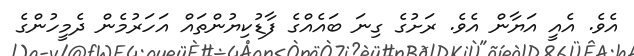
އެވެ. އެއީ އަޔާން އެވެ. ރަށުގެ ގިނަ ބައެއްގެ ފާޑުކިޔުންތައް އަހަރުމެން ދެމީހުންގެ